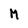
Character: M